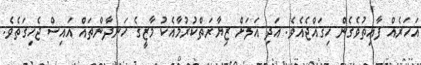
އަހަރެއް ފާއިތުވެގެން ހިގައްޖެއެވެ. އަދި އަލަށް ޒިޔާރަތްކުރުމާއެކު މާޒީގެ ހަނދާންތައް އައިސް ޖެހިގަތެވެ.